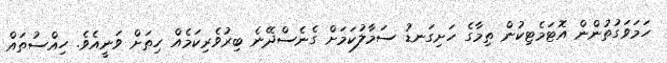
ހަމަވަގުތުންން އޮޓަމެޓިކުން ތިމާގެ ހަށިގަނޑު ސަމާލުކަމަށް ގެނެސްދޭނެ ބިރުވެރިކަމެއް ހިތަށް ވަނީއެވެ. ހިއްސުތައް